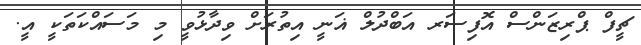
ޗީފް ޕްރިޒަންސް އޮފިސަރ އަބްދުލް ޣަނީ އިތުރަށް ވިދާޅުވީ މި މަސައްކަތަކީ އީ.